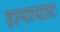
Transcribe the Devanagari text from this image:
हायाघाट